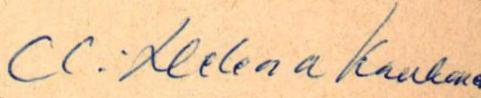
CC: Helena Kaukone